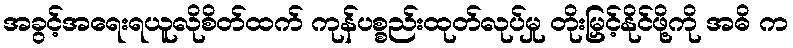
အခွင့်အရေးရယူလိုစိတ်ထက် ကုန်ပစ္စည်းထုတ်လုပ်မှု တိုးမြှင့်နိုင်ဖို့ကို အဓိ က